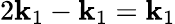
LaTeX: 2\mathbf{k}_{1}-\mathbf{k}_{1}=\mathbf{k}_{1}